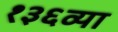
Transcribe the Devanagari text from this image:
१३६व्या